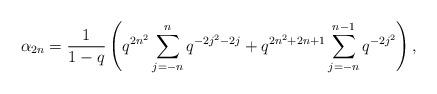
LaTeX: \begin{align*} \alpha_{2n} = \frac{1}{1-q}\left(q^{2n^2}\sum_{j=-n}^{n}q^{-2j^2-2j} + q^{2n^2+2n+1}\sum_{j=-n}^{n-1}q^{-2j^2}\right), \end{align*}